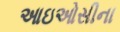
આઇઓસીના